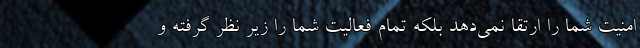
امنیت شما را ارتقا نمی‌دهد بلکه تمام فعالیت شما را زیر نظر گرفته و